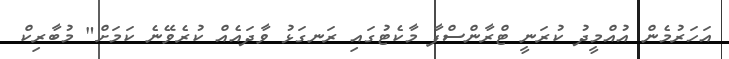
އަހަރުމެން އުއްމީދު ކުރަނީ ޓްރާންސްފާ މާކެޓުގައި ރަނގަޅު ވާދައެއް ކުރެވޭނެ ކަމަށް" މުބާރިކް